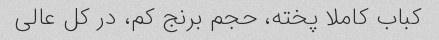
کباب کاملا پخته، حجم برنج کم، در کل عالی